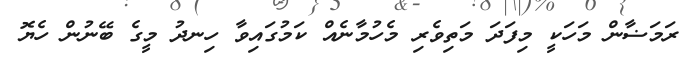
ރަމަޟާން މަހަކީ މިފަދަ މަތިވެރި މެހުމާނެއް ކަމުގައިވާ ހިނދު މީގެ ބޭނުން ހެޔޮ